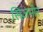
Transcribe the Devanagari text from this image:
सिज़मोर